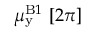
\mu _ { \mathrm { y } } ^ { { \mathrm B } 1 } ~ [ 2 \pi ]